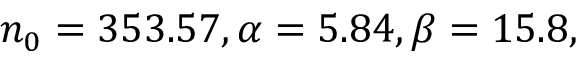
n _ { 0 } = 3 5 3 . 5 7 , \alpha = 5 . 8 4 , \beta = 1 5 . 8 ,